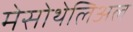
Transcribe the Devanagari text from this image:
मेसोथेलिअल